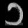
Digit: ၁